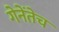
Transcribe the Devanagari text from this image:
गेनेंतेच